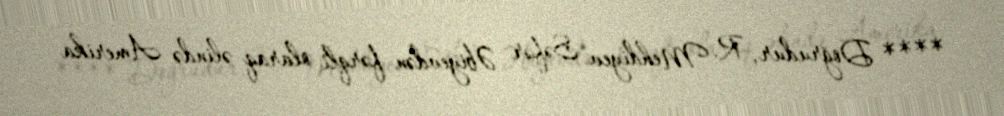
**** Doğrudur, R. Mehdiyev Səfər Əbiyevdən fərqli olaraq əlində Amerika